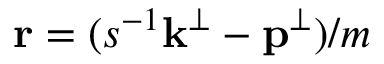
\mathbf { r } = ( s ^ { - 1 } \mathbf { k } ^ { \perp } - \mathbf { p } ^ { \perp } ) / m